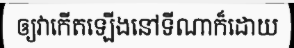
ឲ្យវាកើតឡើងនៅទីណាក៏ដោយ